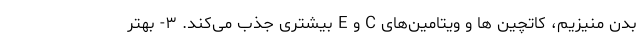
بدن منیزیم، کاتچین ها و ویتامین‌های C و E بیشتری جذب می‌کند. ۳- بهتر